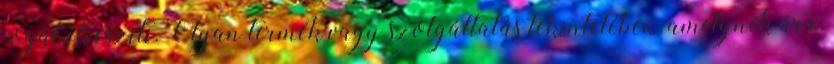
jogát elveszíti. Olyan termék vagy szolgáltatás tekintetében, amelynek ára,